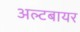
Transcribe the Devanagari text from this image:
अल्टबायर